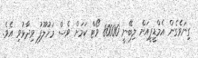
ގިނަވެގެން އެމްޑީޕީއަށް ލިބޭނީ 80000 ވޯޓް ކަމަށް ވެސް މަހުލޫފު ވިދާޅުވި އެވެ.